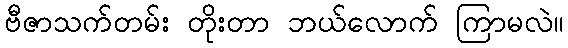
ဗီဇာသက်တမ်း တိုးတာ ဘယ်လောက် ကြာမလဲ။